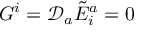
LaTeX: G ^ { i } = { \mathcal { D } } _ { a } { \tilde { E } } _ { i } ^ { a } = 0